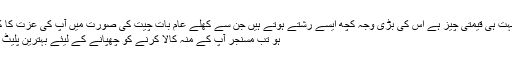
میسنجر بہت ہی قیمتی چیز ہے اس کی بڑی وجہ کچھ ایسے رشتے ہوتے ہیں جن سے کھلے عام بات چیت کی صورت میں آپ کی عزت کا کباڑہ ہوتا
ہو تب مسنجر آپ کے منہ کالا کرنے کو چھپانے کے لیئے بہترین پلیٹ فارم ہے۔